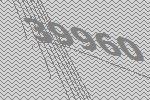
39960